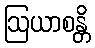
ဩယာစန္တိ